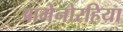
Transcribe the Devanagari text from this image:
आमेनोरहिया